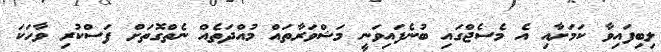
ލިބިފައިވާ ކަމަށާއި އެ މެސެޖްގައި ބުނެފައިވަނީ މަޝްވަރާތައް މުއްދަތެއް ނެތްގޮތަށް ފަސްކުރި ވާހަކަ